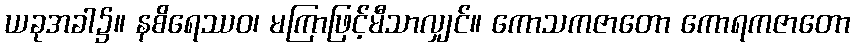
ယခုအခါ၌။ နစိရေဿဝ၊ မကြာဖြင့်မီသာလျှင်။ ကောသကဇာတော ကောရကဇာတော